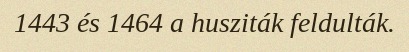
1443 és 1464 a husziták feldulták.